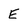
Character: E